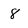
Character: 8